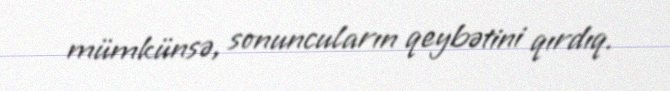
mümkünsə, sonuncuların qeybətini qırdıq.